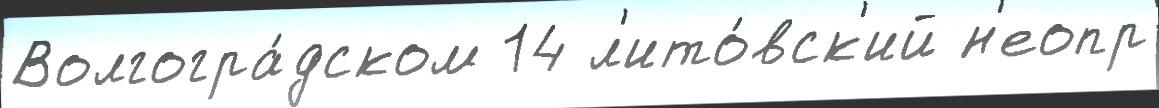
Волгогра́дском 14 л'ито́вск'ий н'еопр